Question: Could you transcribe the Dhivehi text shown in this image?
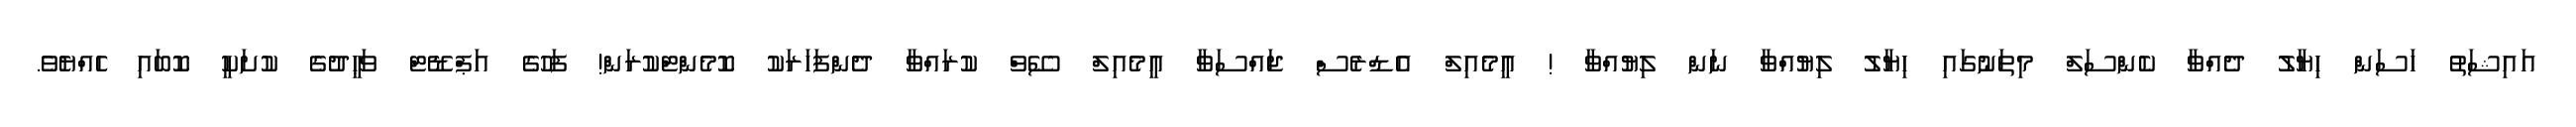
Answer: އައިޝަތު ހަސަން ހިޔާލު ދެއްވާ ކެންސަލް މިތަނުގައި ހިޔާލު ލިޔުއްވާ ނަން ލިޔުއްވާ ! އީމެއިލް އެޑްރެސް ޖައްސަވާ އީމެއިލް ސޭވް ކުރައްވާ ދެންފަހަރަކު ކޮމެންޓްކުރަން! ފަހުގެ އަޕްޑޭޓް ވަޙީދުގެ ކުށަކީ ކޮބައި ހެއްޔެވެ.